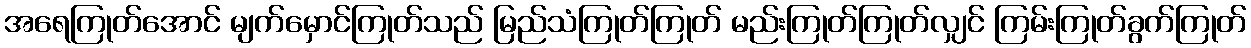
အရေကြုတ်အောင် မျက်မှောင်ကြုတ်သည် မြည်သံကြုတ်ကြုတ် မည်းကြုတ်ကြုတ်လျှင် ကြမ်းကြုတ်ခွက်ကြုတ်